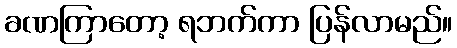
ခဏကြာတော့ ရဘက်ကာ ပြန်လာမည်။